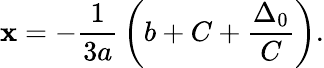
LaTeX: \mathbf{x}=-{\frac{{1}}{{3a}}}\left(b+C+{\frac{{\Delta_{0}}}{{C}}}\right){\mathrm{{.}}}